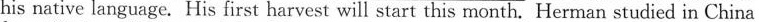
his native language. His first harvest will start this month. Her man studied in China